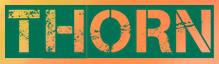
THORN